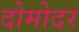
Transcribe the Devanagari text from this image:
दोमोदर